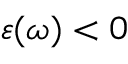
\varepsilon ( \omega ) < 0